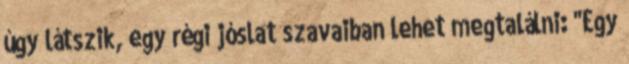
úgy látszik, egy régi jóslat szavaiban lehet megtalálni: "Egy